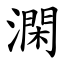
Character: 澖